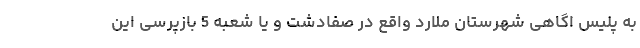
به پلیس اگاهی شهرستان ملارد واقع در صفادشت و یا شعبه 5 بازپرسی این